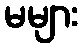
မများ